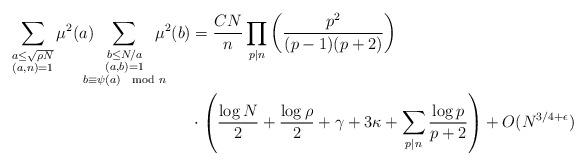
LaTeX: \begin{align*}\sum_{\substack{a\leq\sqrt{\rho N}\\ (a,n)=1}}\mu^2(a)\!\!\!\!\!\sum_{\substack{b\leq N/a\\ (a,b)=1\\ b\equiv\psi(a)\mod{n}}}\!\!\!\!\!\mu^2(b)&=\frac{CN}{n}\prod_{p\mid n}\left(\frac{p^2}{(p-1)(p+2)}\right)\\&\cdot\left(\frac{\log N}{2}+\frac{\log \rho}{2}+\gamma+3\kappa+\sum_{p\mid n}\frac{\log p}{p+2}\right)+O(N^{3/4+\epsilon})\end{align*}